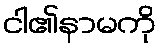
ငါ၏နာမကို